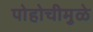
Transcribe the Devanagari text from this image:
पोहोचीमुळे